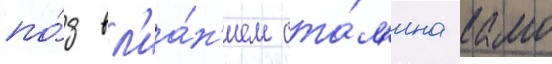
по́д вл'иа́н'ием ста́л'ина камо